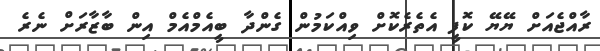
ރާއްޖެއަށް ޔޭޔޭ ކޮފީ އެތެރެކޮށް ވިއްކަމުން ގެންދާ ބީއެމްއެމް އިން ބާޒާރަށް ނެރެ